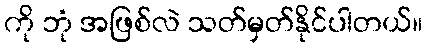
ကို ဘုံ အဖြစ်လဲ သတ်မှတ်နိုင်ပါတယ်။